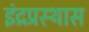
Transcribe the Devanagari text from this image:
इंद्रप्रस्थास